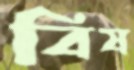
বিষ